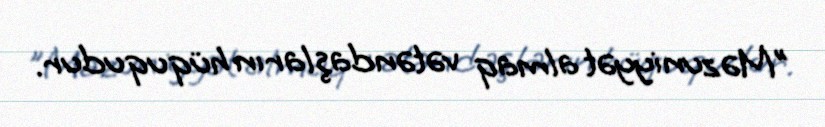
"Məzuniyyət almaq vətəndaşların hüququdur.